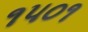
૧૫૦૧